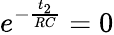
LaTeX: e^{-\frac{t_{2}}{RC}}=0